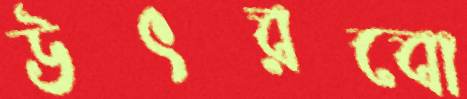
উৎরবো